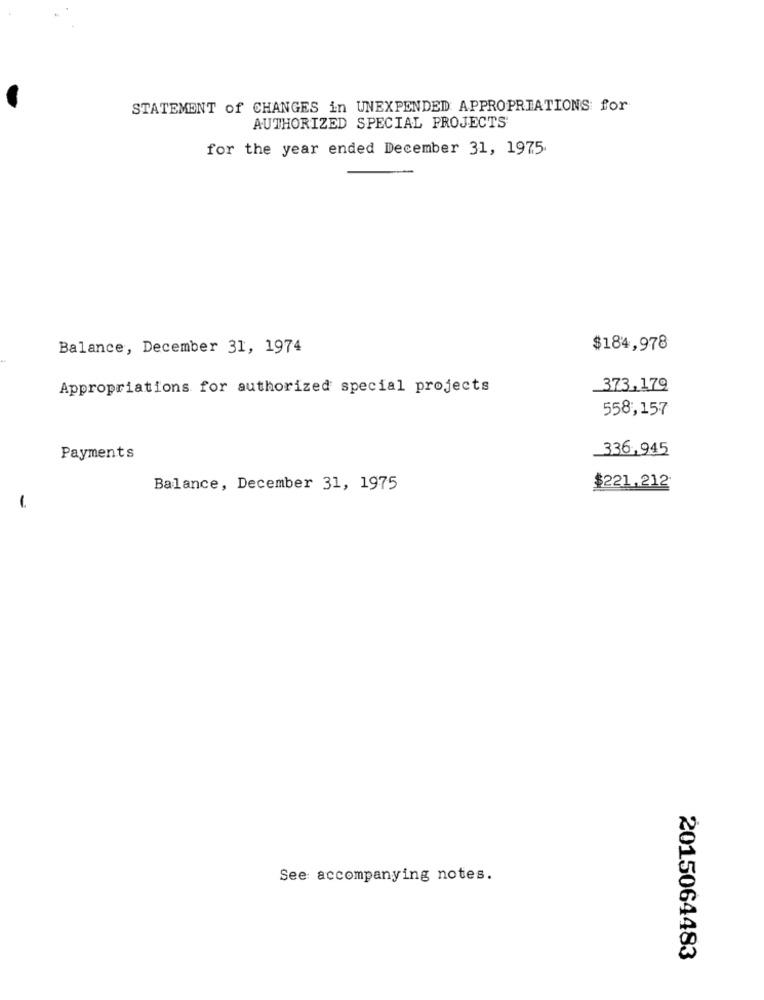
STATEMENT of CHANGES in UNEXPENDED APPROPRIATIONS for
AUTHORIZED SPECIAL PROJECTS
for the year ended December 31, 1975.
Balance, December 31, 1974
$184,978
Appropriations for authorized special projects
373,179
558,157
336,945
Payments
Balance, December 31, 1975
$221.212
-
See accompanying notes.
2015064483